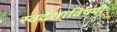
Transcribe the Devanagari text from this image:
स्वदेशाविषयी